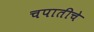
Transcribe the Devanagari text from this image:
चपातीचे